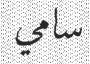
سامي